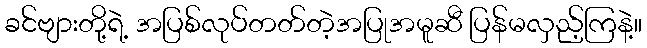
ခင်ဗျားတို့ရဲ့ အပြစ်လုပ်တတ်တဲ့အပြုအမူဆီ ပြန်မလှည့်ကြနဲ့။